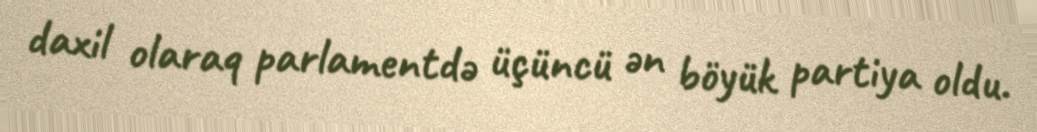
daxil olaraq parlamentdə üçüncü ən böyük partiya oldu.